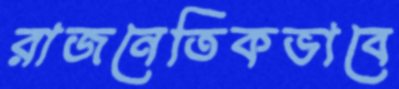
রাজনেতিকভাবে